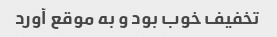
تخفیف خوب بود و به موقع آورد